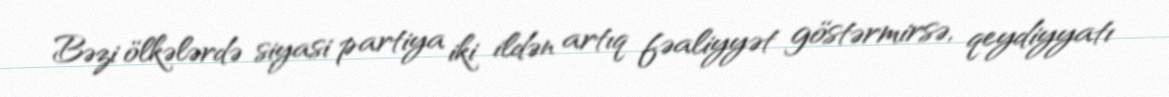
Bəzi ölkələrdə siyasi partiya iki ildən artıq fəaliyyət göstərmirsə, qeydiyyatı